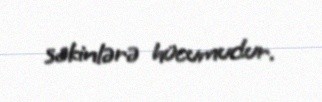
sakinlərə hücumudur.